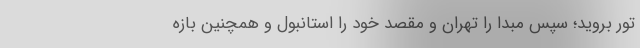
تور بروید؛ سپس مبدا را تهران و مقصد خود را استانبول و همچنین بازه